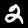
Label: 2